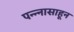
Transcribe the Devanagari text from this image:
पन्‍न्‍नासाहून